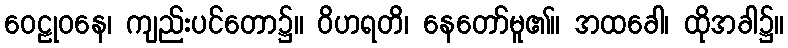
ဝေဠုဝနေ၊ ကျည်းပင်တော၌။ ဝိဟရတိ၊ နေတော်မူ၏။ အထခေါ၊ ထိုအခါ၌။